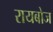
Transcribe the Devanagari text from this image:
रायबोज